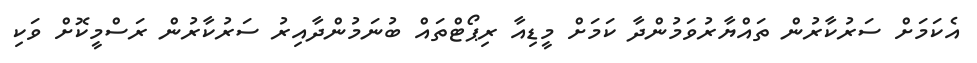
އެކަމަށް ސަރުކާރުން ތައްޔާރުވަމުންދާ ކަމަށް މީޑިއާ ރިޕޯޓްތައް ބުނަމުންދާއިރު ސަރުކާރުން ރަސްމީކޮށް ވަކި